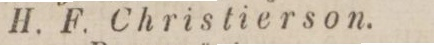
H. F. Christierson.